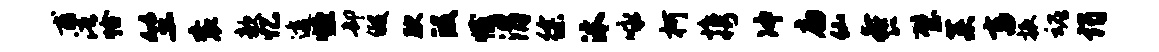
甫浯恰竺衮欹忆透恒却假腴段撼渭徐沐咏柯携冲扁仙餐璧菜畜振魂谒